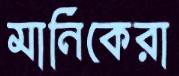
মানিকেরা